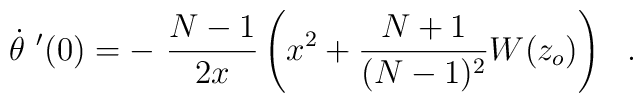
\dot{\theta}\ '(0)= -\ \frac{N-1}{2x} \left(x^2 +\frac{N+1}{(N-1)^2}W(z_o)\right)  \ \ .